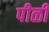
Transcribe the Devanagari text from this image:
पीळी